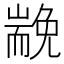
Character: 𡽏